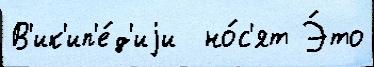
В'ик'ип'е́д'иjи  но́с'ят Э́то